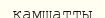
қамшатты